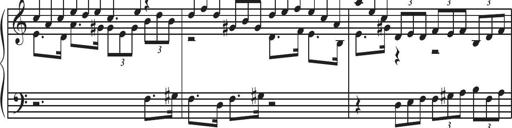
Title: Sonatina Espania
Composer: Jerald Franklin Archer
Key: Various